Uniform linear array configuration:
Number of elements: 64
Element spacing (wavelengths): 0.25
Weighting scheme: kaiser
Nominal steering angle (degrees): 60
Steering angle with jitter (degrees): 61.102
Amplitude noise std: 0.05
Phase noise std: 0.05

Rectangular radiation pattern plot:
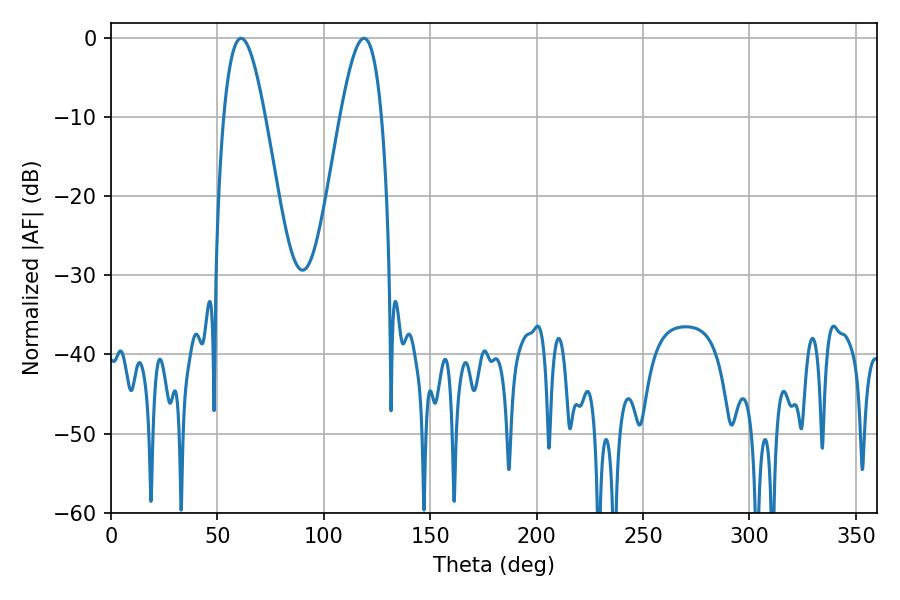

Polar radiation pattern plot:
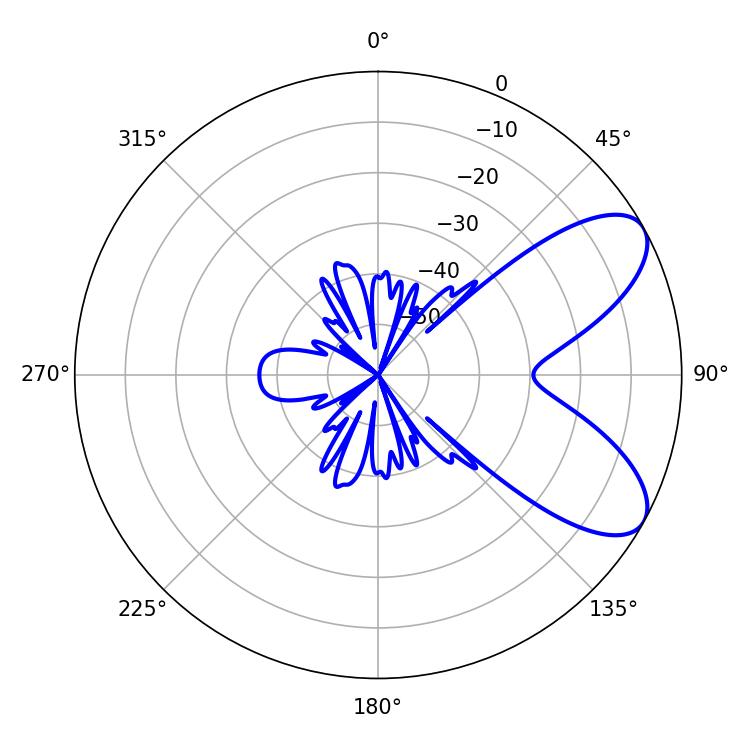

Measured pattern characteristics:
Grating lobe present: FALSE
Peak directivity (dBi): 7.537
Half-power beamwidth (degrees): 10.44
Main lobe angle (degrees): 61.2